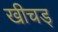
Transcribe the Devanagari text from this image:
खीचड्